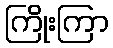
ကြိုးကြာ